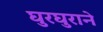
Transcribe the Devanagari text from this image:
घुरघुराने